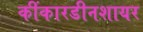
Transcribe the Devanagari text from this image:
कींकारडीनशायर